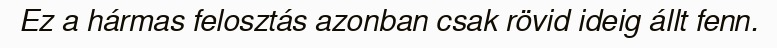
Ez a hármas felosztás azonban csak rövid ideig állt fenn.